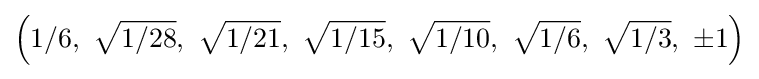
\left(1/6,\ {\sqrt {1/28}},\ {\sqrt {1/21}},\ {\sqrt {1/15}},\ {\sqrt {1/10}},\ {\sqrt {1/6}},\ {\sqrt {1/3}},\ \pm 1\right)